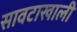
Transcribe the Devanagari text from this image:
सावटाखाली